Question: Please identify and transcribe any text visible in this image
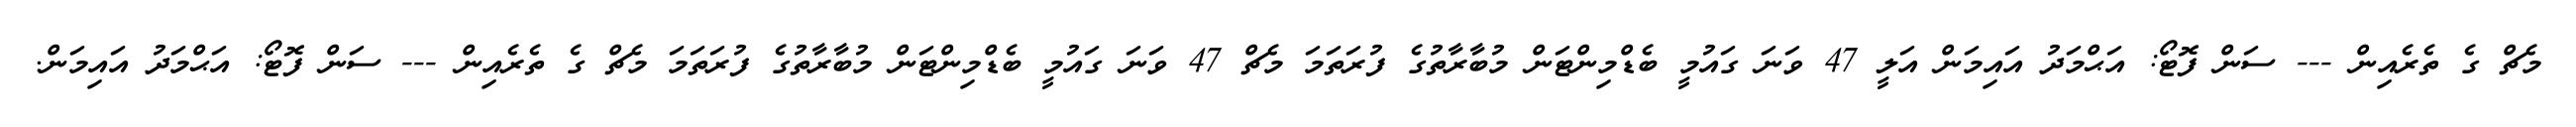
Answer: މެޗް ގެ ތެރެއިން --- ސަން ފޮޓޯ: އަޙްމަދު އައިމަން އަލީ 47 ވަނަ ގައުމީ ބެޑްމިންޓަން މުބާރާތުގެ ފުރަތަމަ މެޗް 47 ވަނަ ގައުމީ ބެޑްމިންޓަން މުބާރާތުގެ ފުރަތަމަ މެޗް ގެ ތެރެއިން --- ސަން ފޮޓޯ: އަޙްމަދު އައިމަން.